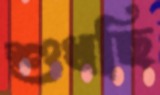
শুধছি